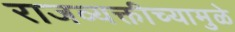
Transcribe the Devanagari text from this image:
राजव्यक्तीच्यामुळे